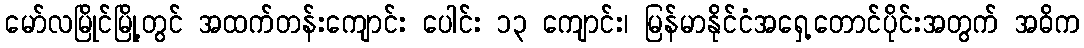
မော်လမြိုင်မြို့တွင် အထက်တန်းကျောင်း ပေါင်း ၁၃ ကျောင်း၊ မြန်မာနိုင်ငံအရှေ့တောင်ပိုင်းအတွက် အဓိက